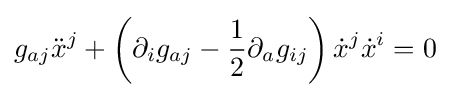
g_{aj}{\ddot {x}}^{j}+\left(\partial _{i}g_{aj}-{\frac {1}{2}}\partial _{a}g_{ij}\right){\dot {x}}^{j}{\dot {x}}^{i}=0